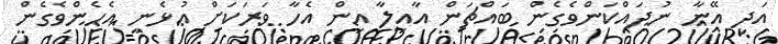
އަދި އޭނާ ނުދައްކަންވެގެން ބައްޗަން އާއިލާ އިން އެހާ ވަރަކަށް އުޅެނީ އެހެންވެގެން